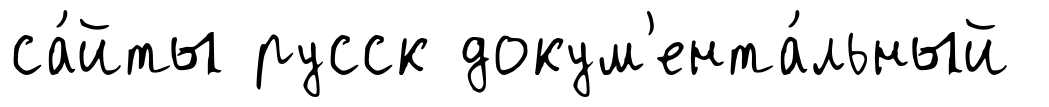
са́йты русск докум'ента́льный